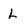
Character: L